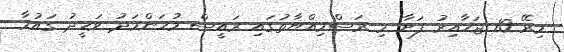
މިރޭ 10 ޖަހާއިރު ފަށާ މި ރަސްމިއްޔާތުގައި ރައީސް މުހަންމަދު ވަހީދު ގައުމާ